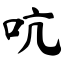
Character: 吭